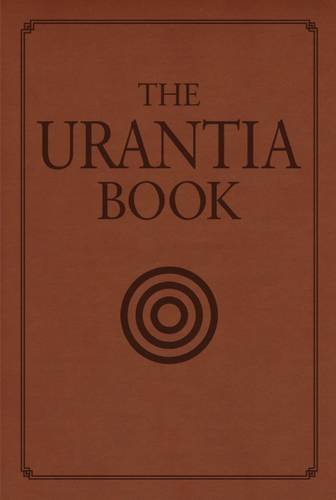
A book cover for The Urantia Book: Revealing the Mysteries of God, the Universe, World History, Jesus, and Ourselves; Religion & Spirituality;